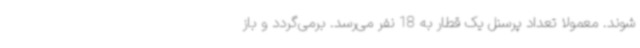
شوند. معمولا تعداد پرسنل یک قطار به 18 نفر می‌رسد. برمی‌گردد و باز